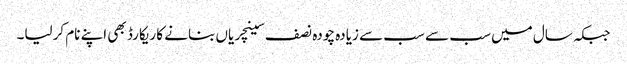
جبکہ سال میں سب سے سب سے زیادہ چودہ نصف سینچریاں بنانے کا ریکارڈ بھی اپنے نام کرلیا۔